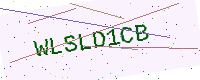
Text: WLSLD1CB